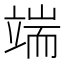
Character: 端